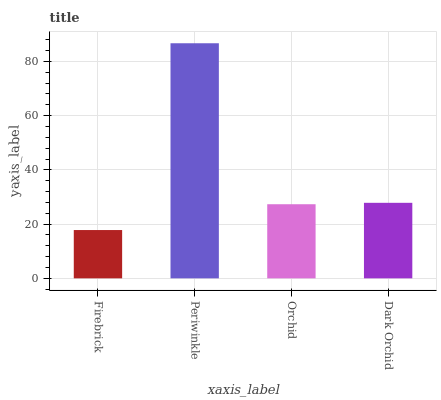
| xaxis_label | bars |
 | --- | --- |
 | Firebrick | 17.8 |
 | Periwinkle | 86.7 |
 | Orchid | 27.3 |
 | Dark Orchid | 27.8 |